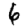
Digit: 6